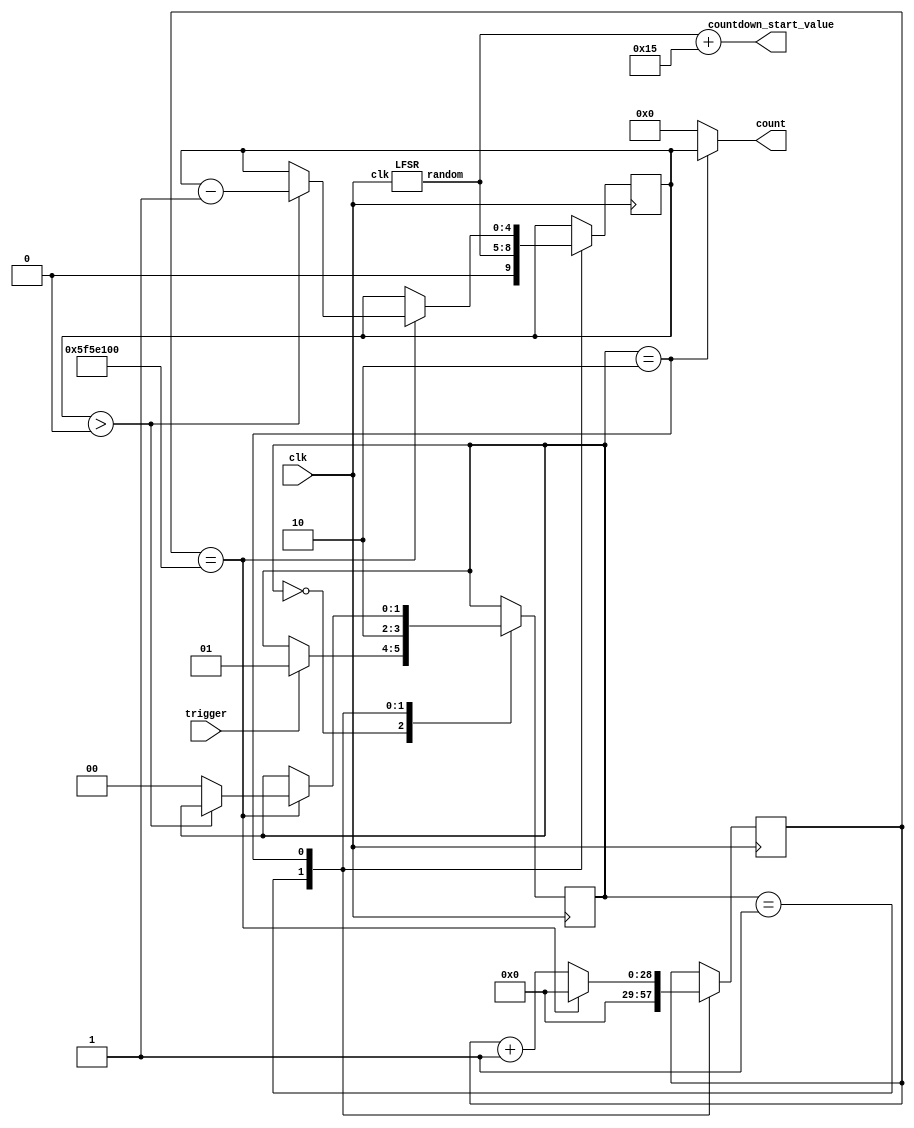
`timescale 1ns / 1ps
//////////////////////////////////////////////////////////////////////////////////
// Company: 
// Engineer: 
// 
// Design Name: 
// Module Name: random_countdown_timer
// Project Name: 
// Target Devices: 
// Tool Versions: 
// Description: 
// 
// Dependencies: 
// 
// Revision:
// Revision 0.01 - File Created
// Additional Comments:
// 
//////////////////////////////////////////////////////////////////////////////////


module random_countdown_timer(
    input clk,        // Clock input
    input trigger,
    output [4:0] count,
    output reg [4:0] countdown_start_value
);

// Define states for the countdown timer
parameter IDLE = 2'b00;
parameter TRIGGERED = 2'b01;
parameter COUNTING = 2'b10;

// Internal state and timer
reg [4:0] timer;
reg [1:0] state;

// Counter to count 1-second intervals
reg [28:0] sec_counter;

wire [3:0] random_value; // 4-bit random value (0-9)

    LFSR LFSR_module(clk,random_value);


    always @(*) begin
        countdown_start_value = random_value + 21;
    end


// Countdown timer logic
always @(posedge clk) begin
    case (state)
        IDLE: begin
            if (trigger) begin
                state <= TRIGGERED;
            end
        end
        TRIGGERED: begin
            timer <= random_value; // Random value between 20 and 30
            state <= COUNTING;
            sec_counter <= 0; // Reset the second counter
        end
        COUNTING: begin
            if (sec_counter == 100000000) begin // Assuming 100 MHz clock frequency
                if (timer > 0) begin
                    timer <= timer - 1;
                end else begin
                    state <= IDLE;

                end
                sec_counter <= 0; // Reset the second counter
            end else begin
                sec_counter <= sec_counter + 1;
            end
        end
    endcase
end


// Output countdown value
assign count = (state == COUNTING) ? timer : 0;

endmodule

module LFSR (
    input wire clk,         // Clock input
    output reg [3:0] random // Output random value (4-bit)
);

// Internal state for LFSR
reg [3:0] lfsr_state = 4'b1010; // Initial state

always @(posedge clk) begin
    // Calculate next state using XOR taps
    lfsr_state = {lfsr_state[2:0], lfsr_state[3] ^ lfsr_state[0]}; 
    random <= lfsr_state;
end

endmodule